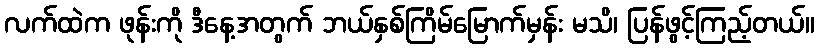
လက်ထဲက ဖုန်းကို ဒီနေ့အတွက် ဘယ်နှစ်ကြိမ်မြောက်မှန်း မသိ၊ ပြန်ဖွင့်ကြည့်တယ်။